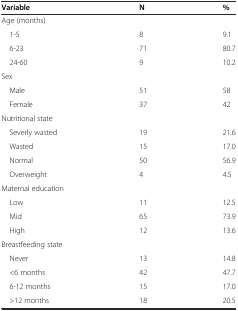
| Variable | N | % |
 | --- | --- | --- |
 | Age (months) |  |  |
 | 1-5 | 8 | 9.1 |
 | 6-23 | 71 | 80.7 |
 | 24-60 | 9 | 10.2 |
 | Sex |  |  |
 | Male | 51 | 58 |
 | Female | 37 | 42 |
 | Nutritional state |  |  |
 | Severly wasted | 19 | 21.6 |
 | Wasted | 15 | 17.0 |
 | Normal | 50 | 56.9 |
 | Overweight | 4 | 4.5 |
 | Maternal education |  |  |
 | Low | 11 | 12.5 |
 | Mid | 65 | 73.9 |
 | High | 12 | 13.6 |
 | Breastfeeding state |  |  |
 | Never | 13 | 14.8 |
 | <6 months | 42 | 47.7 |
 | 6-12 months | 15 | 17.0 |
 | >12 months | 18 | 20.5 |